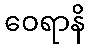
ဝေရာနိ